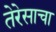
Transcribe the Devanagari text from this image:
तेरेसाचा